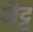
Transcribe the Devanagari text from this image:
जेट्ट